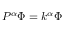
P ^ { \alpha } \Phi = k ^ { \alpha } \Phi